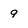
Character: 9